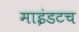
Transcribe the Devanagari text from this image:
माइंडटच